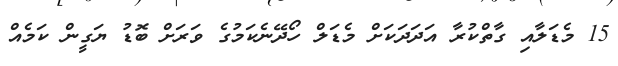
15 މެޑަލާއި ގާތްކުރާ އަދަދަކަށް މެޑަލް ހޯދޭނެކަމުގެ ވަރަށް ބޮޑު ޔަގީން ކަމެއް